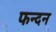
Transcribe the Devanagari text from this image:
फन्दन